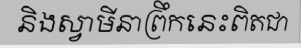
និងស្វាមីនាព្រឹកនេះពិតជា